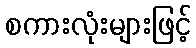
စကားလုံးများဖြင့်